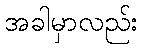
အခါမှာလည်း